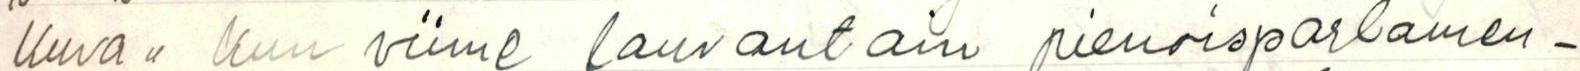
Kuva" Kun viime lauvantain pienoisparlamen-